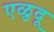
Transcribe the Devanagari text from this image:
एळुदू